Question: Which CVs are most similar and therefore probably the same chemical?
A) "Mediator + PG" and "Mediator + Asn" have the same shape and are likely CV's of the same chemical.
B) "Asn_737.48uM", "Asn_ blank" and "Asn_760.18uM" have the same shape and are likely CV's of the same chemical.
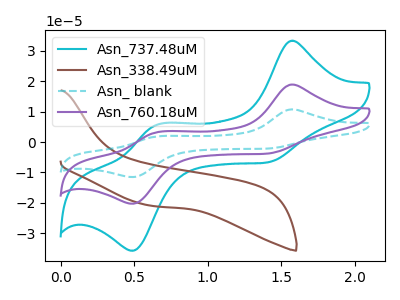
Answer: <think>The cyan curve "Asn_737.48uM" has anodic peaks at (1.55V, 33.30uA) (0.65V, 5.80uA) and cathodic peaks at (1.40V, -6.75uA) (0.50V, -35.75uA). The brown curve "Asn_338.49uM" has no peaks. The cyan dashed curve "Asn_ blank" has anodic peaks at (1.55V, 37.80uA) (0.65V, 6.60uA) and cathodic peaks at (1.40V, -7.70uA) (0.50V, -40.55uA). The purple curve "Asn_760.18uM" has anodic peaks at (1.55V, 18.90uA) (0.65V, 3.30uA) and cathodic peaks at (1.40V, -3.85uA) (0.50V, -20.30uA).
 "Asn_737.48uM" and "Asn_338.49uM" have a different number of peaks. All the peaks in "Asn_737.48uM" have a peak in "Asn_ blank" at the same potential. Every peak in "Asn_737.48uM" is lower than every peak in "Asn_ blank". All the peaks in "Asn_737.48uM" have a peak in "Asn_760.18uM" at the same potential. Every peak in "Asn_737.48uM" is higher than every peak in "Asn_760.18uM". "Asn_338.49uM" and "Asn_ blank" have a different number of peaks. "Asn_338.49uM" and "Asn_760.18uM" have a different number of peaks. All the peaks in "Asn_ blank" have a peak in "Asn_760.18uM" at the same potential. Every peak in "Asn_ blank" is higher than every peak in "Asn_760.18uM".</think>
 <answer>B) "Asn_737.48uM", "Asn_ blank" and "Asn_760.18uM" have the same shape and are likely CV's of the same chemical.</answer>
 <eval>B</eval>